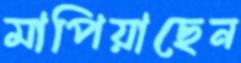
মাপিয়াছেন